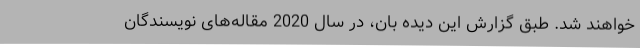
خواهند شد. طبق گزارش این دیده بان، در سال 2020 مقاله‌های نویسندگان